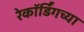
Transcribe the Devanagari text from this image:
रेकॉर्डिंगच्या